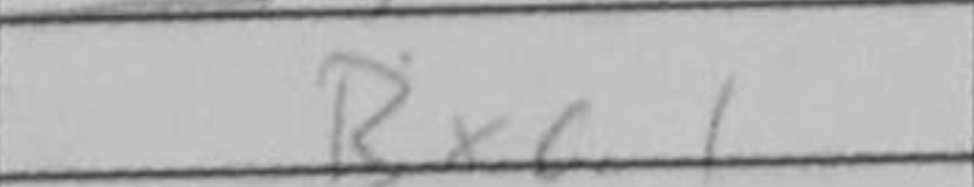
Transcription: Rxc1